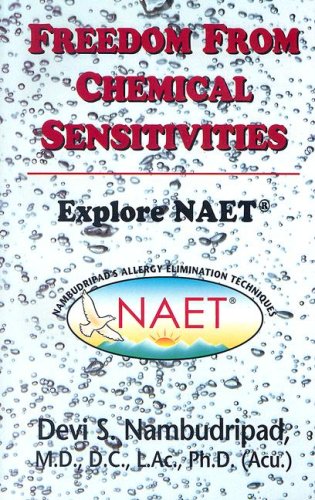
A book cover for Freedom From Chemical Sensitivities; Devi S. Nambudripad; Health, Fitness & Dieting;